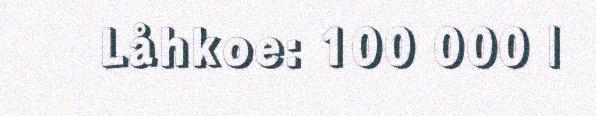
Låhkoe: 100 000 |